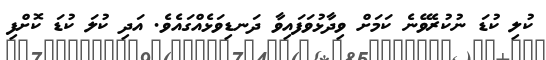
ކުލި ކުޑަ ނުކުރެވޭނެ ކަމަށް ވިދާޅުވަފައިވާ ދަނޑިވަޅެއްގައެވެ. އަދި ކުލަ ކުޑަ ކޮށްފި